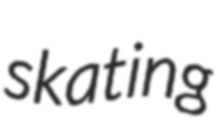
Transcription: skating